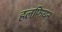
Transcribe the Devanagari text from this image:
हलफियन्